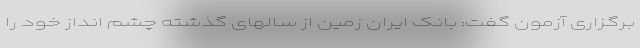
برگزاری آزمون گفت: بانک ایران زمین از سالهای گذشته چشم انداز خود را